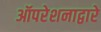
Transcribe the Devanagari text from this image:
ऑपरेशनाद्वारे